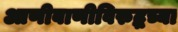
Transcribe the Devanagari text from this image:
आणीबाणीविरुद्धच्या